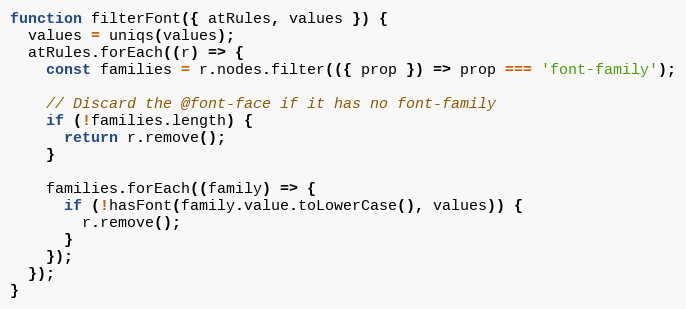
Language: JavaScript
function filterFont({ atRules, values }) {
  values = uniqs(values);
  atRules.forEach((r) => {
    const families = r.nodes.filter(({ prop }) => prop === 'font-family');

    // Discard the @font-face if it has no font-family
    if (!families.length) {
      return r.remove();
    }

    families.forEach((family) => {
      if (!hasFont(family.value.toLowerCase(), values)) {
        r.remove();
      }
    });
  });
}